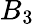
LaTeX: B_{3}